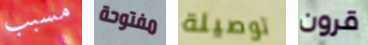
مسبب مفتوحة توصيلة قرون